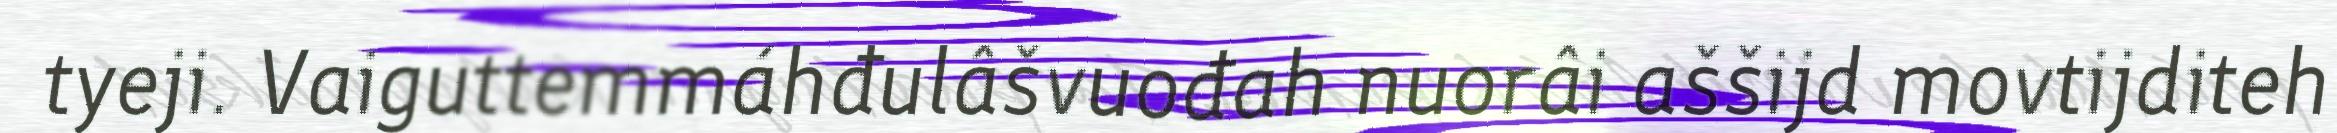
tyeji. Vaiguttemmáhđulâšvuođah nuorâi aššijd movtijditeh